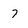
Character: 7